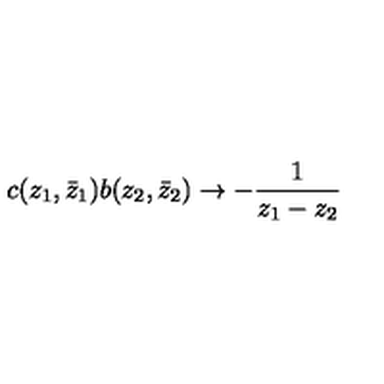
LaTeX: c ( z _ { 1 } , \bar { z } _ { 1 } ) b ( z _ { 2 } , \bar { z } _ { 2 } ) \rightarrow - \frac { 1 } { z _ { 1 } - z _ { 2 } }